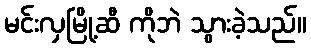
မင်းလှမြို့ဆီ ကိုဘဲ သွားခဲ့သည်။